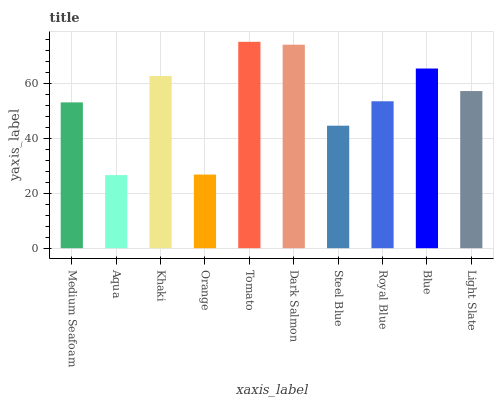
| xaxis_label | bars |
 | --- | --- |
 | Medium Seafoam | 53 |
 | Aqua | 26.6 |
 | Khaki | 62.6 |
 | Orange | 26.8 |
 | Tomato | 75 |
 | Dark Salmon | 73.9 |
 | Steel Blue | 44.5 |
 | Royal Blue | 53.4 |
 | Blue | 65.3 |
 | Light Slate | 57.1 |